Annual report of the Imperial Bacteriologist
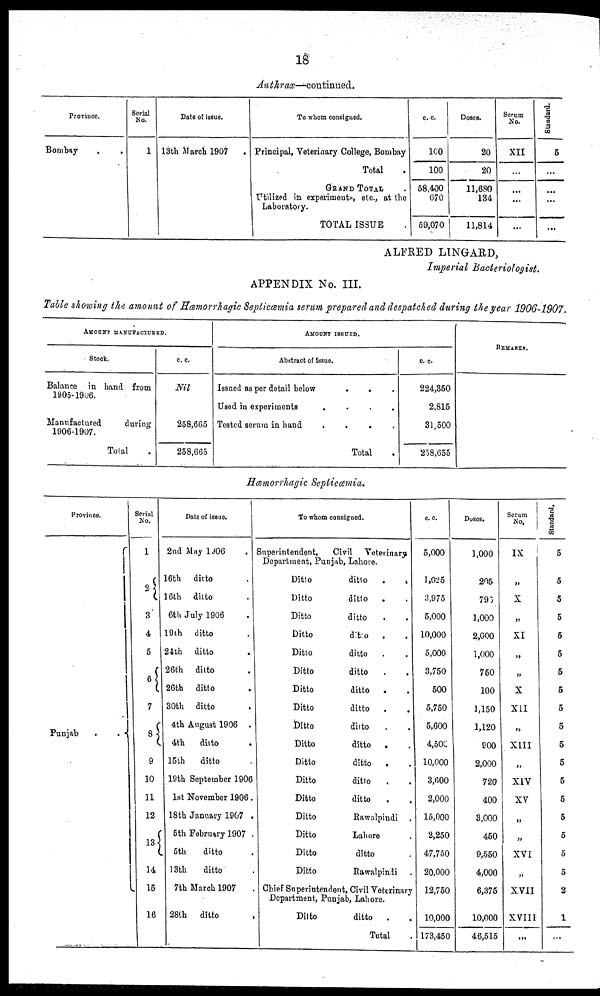
18
Anthrax—continued.
Province.
Bombay
.
.
Serial
No.
1
Date of issue.
13th March 1907
.
To whom consigned.
Principal, Veterinary College, Bombay
Total
GRAND TOTAL.
Utilized in experiments, etc., at the
Laboratory.
TOTAL ISSUE
c. c.
100
100
58,400
670
59,070
Doses.
20
20
11,680
134
11,814
Serum
No.
XII
...
...
...
...
Standard
5
...
...
...
...
ALFRED LINGARD,
Imperial Bacteriologist.
APPENDIX No. III.
Table showing the amount of Hæmorrhagic Septicæmia serum prepared and despatched during the year 1906-1907.
AMOUNT MANUFACTURED.
Stock.
Balance in hand from
1905-1906.
Manufactured
during
1906-1907.
Total
c.c.
Nil
258,665
258,665
AMOUNT ISSUED.
Abstract of Issue.
Issued as per detail below
.
.
Used, in experiments
.
.
.
.
Tested serum in hand
.
.
.
.
Total
c. c.
224,350
2,815
31,500
258,655
REMARKS.
Hæmorrhagic Septiæmia.
Province.
Punjab
.
. {
Serial
No.
1
2{
3
4
5
6 {
7
8{
9
10
11
12
13{
14
15
16
Date of issue.
2nd May 1906 .
16th ditto .
16th ditto .
6th July 1906 .
19th ditto .
24th ditto .
26th
ditto .
26th ditto .
30th ditto .
4th August 1906 .
4th
ditto
.
15th
ditto
19th September 1906
1st November 1906.
18th January 1907 .
5th February 1907 .
5th
ditto .
13th
ditto .
7th March 1907
.
28th ditto .
To whom consigned.
Superintendent,
Civil Veterinary
Department, Punjab, Lahore.
Ditto
ditto
.
.
Ditto
ditto
. .
Ditto
ditto . .
Ditto
ditto . .
Ditto
ditto . .
Ditto
ditto . .
Ditto
ditto . .
Ditto
ditto . .
Ditto
ditto
.
.
Ditto
ditto . .
Ditto
ditto
.
.
Ditto
ditto . .
Ditto
ditto . .
Ditto
Rawalpindi
Ditto
Lahore .
Ditto
ditto .
Ditto
Rawalpindi .
Chief Superintendent, Civil Veterinary
Department, Punjab, Lahore.
Ditto
ditto.
Total .
c. c.
5,000
1,025
3,975
5,000
10,000
5,000
3,750
500
5,750
5,600
4,500
10,000
3,600
2,000
15,000
2,250
47,750
20,000
12,750
10,000
173,450
Doses.
1,000
205
795
1,000
2,000
1,000
750
100
1,150
1,120
900
2,000
720
400
3,000
450
9,550
4,000
6,375
10,000
46,515
Serum
No.
IX
„
X
„
XI
„
„
X
XII
„
XIII
„
XIV
XV
„
„
XVI
„
XVII
XVIII
...
Standard
5
5
5
5
5
5
5
5
5
5
5
5
5
5
5
5
5
5
2
1
...